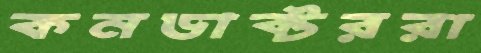
কনডাক্টররা